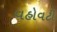
વહોવટી